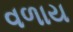
વળાય